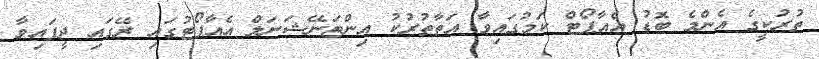
ތުރުކީގެ އެންމެ ބޮޑު އެއާޕޯޓް ކަމުގައިވާ އަތާތުރުކު އިންޓަނޭޝަނަލް އެއާޕޯޓުގައި ރޭގައި ދީފައިވާ